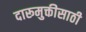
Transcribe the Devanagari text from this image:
दारूमुक्तीसाठी